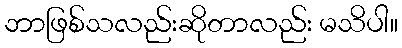
ဘာဖြစ်သလည်းဆိုတာလည်း မသိပါ။